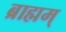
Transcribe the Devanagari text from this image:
ब्राह्मम्